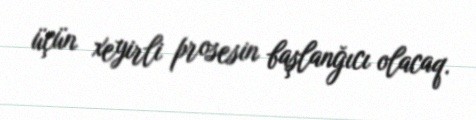
üçün xeyirli prosesin başlanğıcı olacaq.